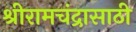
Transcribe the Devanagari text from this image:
श्रीरामचंद्रासाठी